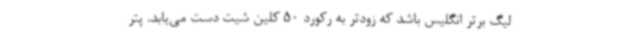
لیگ برتر انگلیس باشد که زودتر به رکورد 50 کلین شیت دست می‌یابد. پتر